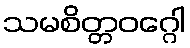
သမစိတ္တဝဂ္ဂေါ